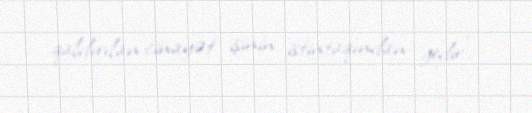
qaldırılan cinayət işinin istintaqından gedir”.